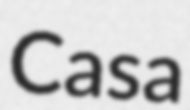
Casa